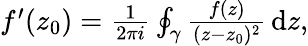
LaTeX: \begin{array}{r}{f^{\prime}(z_{0})=\frac{1}{2\pi i}\oint_{\gamma}\frac{f(z)}{(z-z_{0})^{2}}\, \mathrm{d}z,}\end{array}